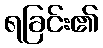
ရခြင်း၏